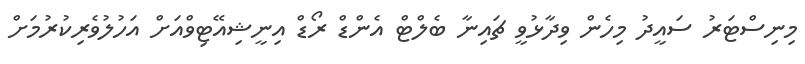
މިނިސްޓަރު ސައީދު މިހެން ވިދާޅުވީ ޗައިނާ ބެލްޓް އެންޑް ރޯޑް އިނީޝިއޭޓިވްއަށް އަހުލުވެރިކުރުމަށް